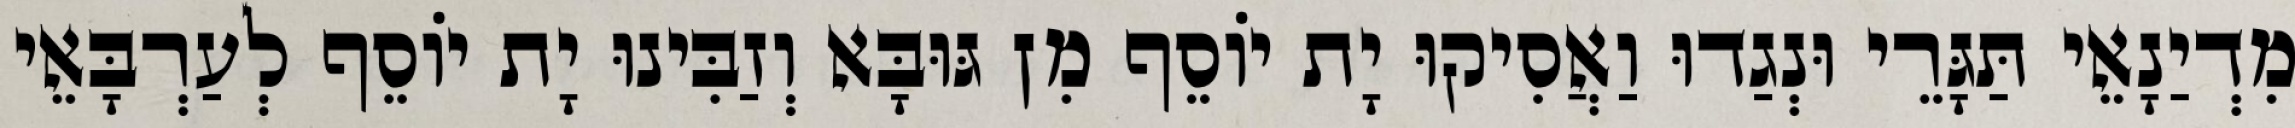
מִדְיַנָאֵי תַּגָּרֵי וּנְגַדוּ וַאֲסִיקוּ יָת יוֹסֵף מִן גּוּבָּא וְזַבִּינוּ יָת יוֹסֵף לְעַרְבָּאֵי